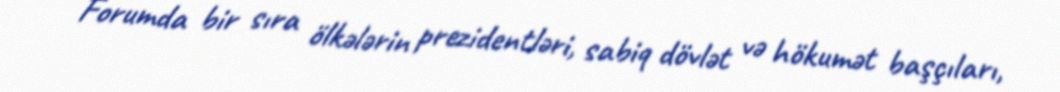
Forumda bir sıra ölkələrin prezidentləri, sabiq dövlət və hökumət başçıları,